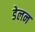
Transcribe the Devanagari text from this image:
डेलन